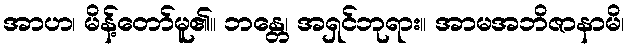
အာဟ၊ မိန့်တော်မူ၏။ ဘန္တေ၊ အရှင်ဘုရား။ အာမအဘိဇာနာမိ၊